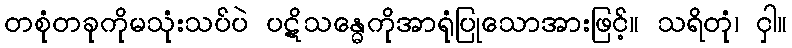
တစုံတခုကိုမသုံးသပ်ပဲ ပဋိသန္ဓေကိုအာရုံပြုသောအားဖြင့်။ သရိတုံ၊ ငှါ။